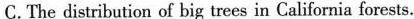
C.The distribution of big trees in California forests.